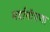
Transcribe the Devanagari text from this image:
मर्दानीपणा